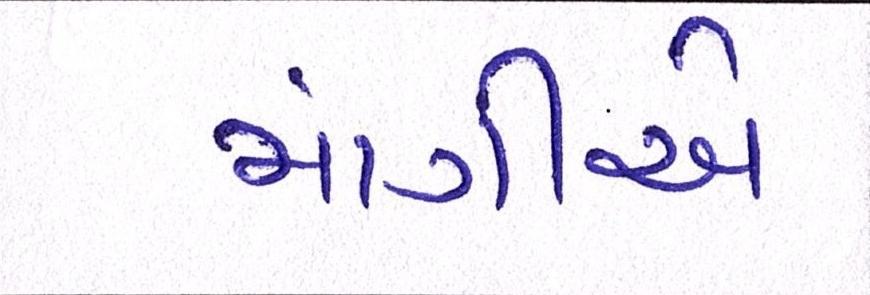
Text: માંગીએ